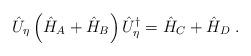
LaTeX: \begin{align*}\hat{U}_\eta\left(\hat{H}_A + \hat{H}_B\right)\hat{U}_\eta^\dag = \hat{H}_C + \hat{H}_D\;.\end{align*}